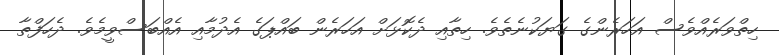
ހިތްވަރެއްވެސް އަހަރެންގެ ގަޔަކުނެތެވެ. ހިތާއި ދެކޮޅަށް އަހަރެން ބައްޕަގެ އެދުމާއި އެއްބަސްވީމެވެ. ދެހަފްތާ